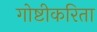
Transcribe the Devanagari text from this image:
गोष्टीकरिता